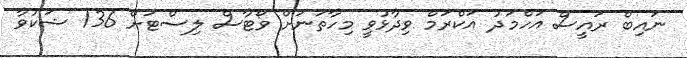
ނައިބް ރައީސް އަހްމަދު އަކްރަމް ވިދާޅުވީ މިހާތަނަށް ވޯޓާސް ލިސްޓަށް 136 ޝަކުވާ